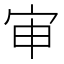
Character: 审